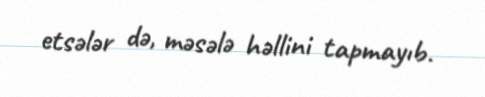
etsələr də, məsələ həllini tapmayıb.